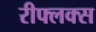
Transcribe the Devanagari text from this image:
रीफ्लक्स